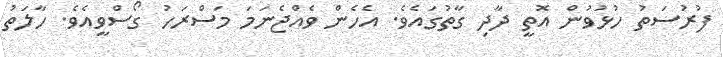
ފުރުސަތު ހުޅުވުން އޮތީ ދާދި ގާތުގައެވެ. އެެހެން ވެއްޖެނަމަ މަސްރަހު ގޯސްވީއެވެ. ހާލަތު